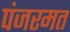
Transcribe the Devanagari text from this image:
पंजरमत